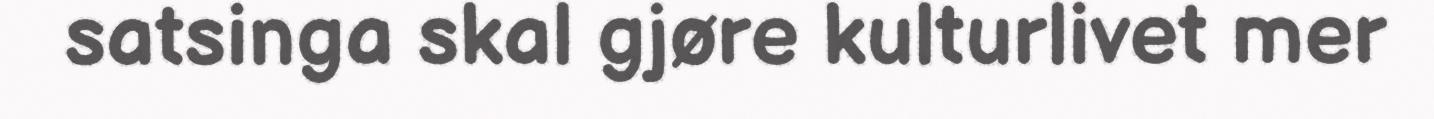
satsinga skal gjøre kulturlivet mer